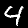
Digit: 4